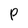
Character: P